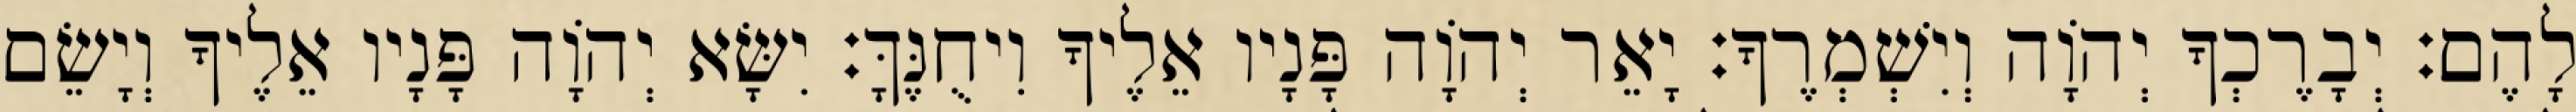
לָהֶם׃ יְבָרֶכְךָ יְהוָֹה וְיִשְׁמְרֶךָ׃ יָאֵר יְהוָֹה פָּנָיו אֵלֶיךָ וִיחֻנֶּךָּ׃ יִשָּׂא יְהוָֹה פָּנָיו אֵלֶיךָ וְיָשֵׂם